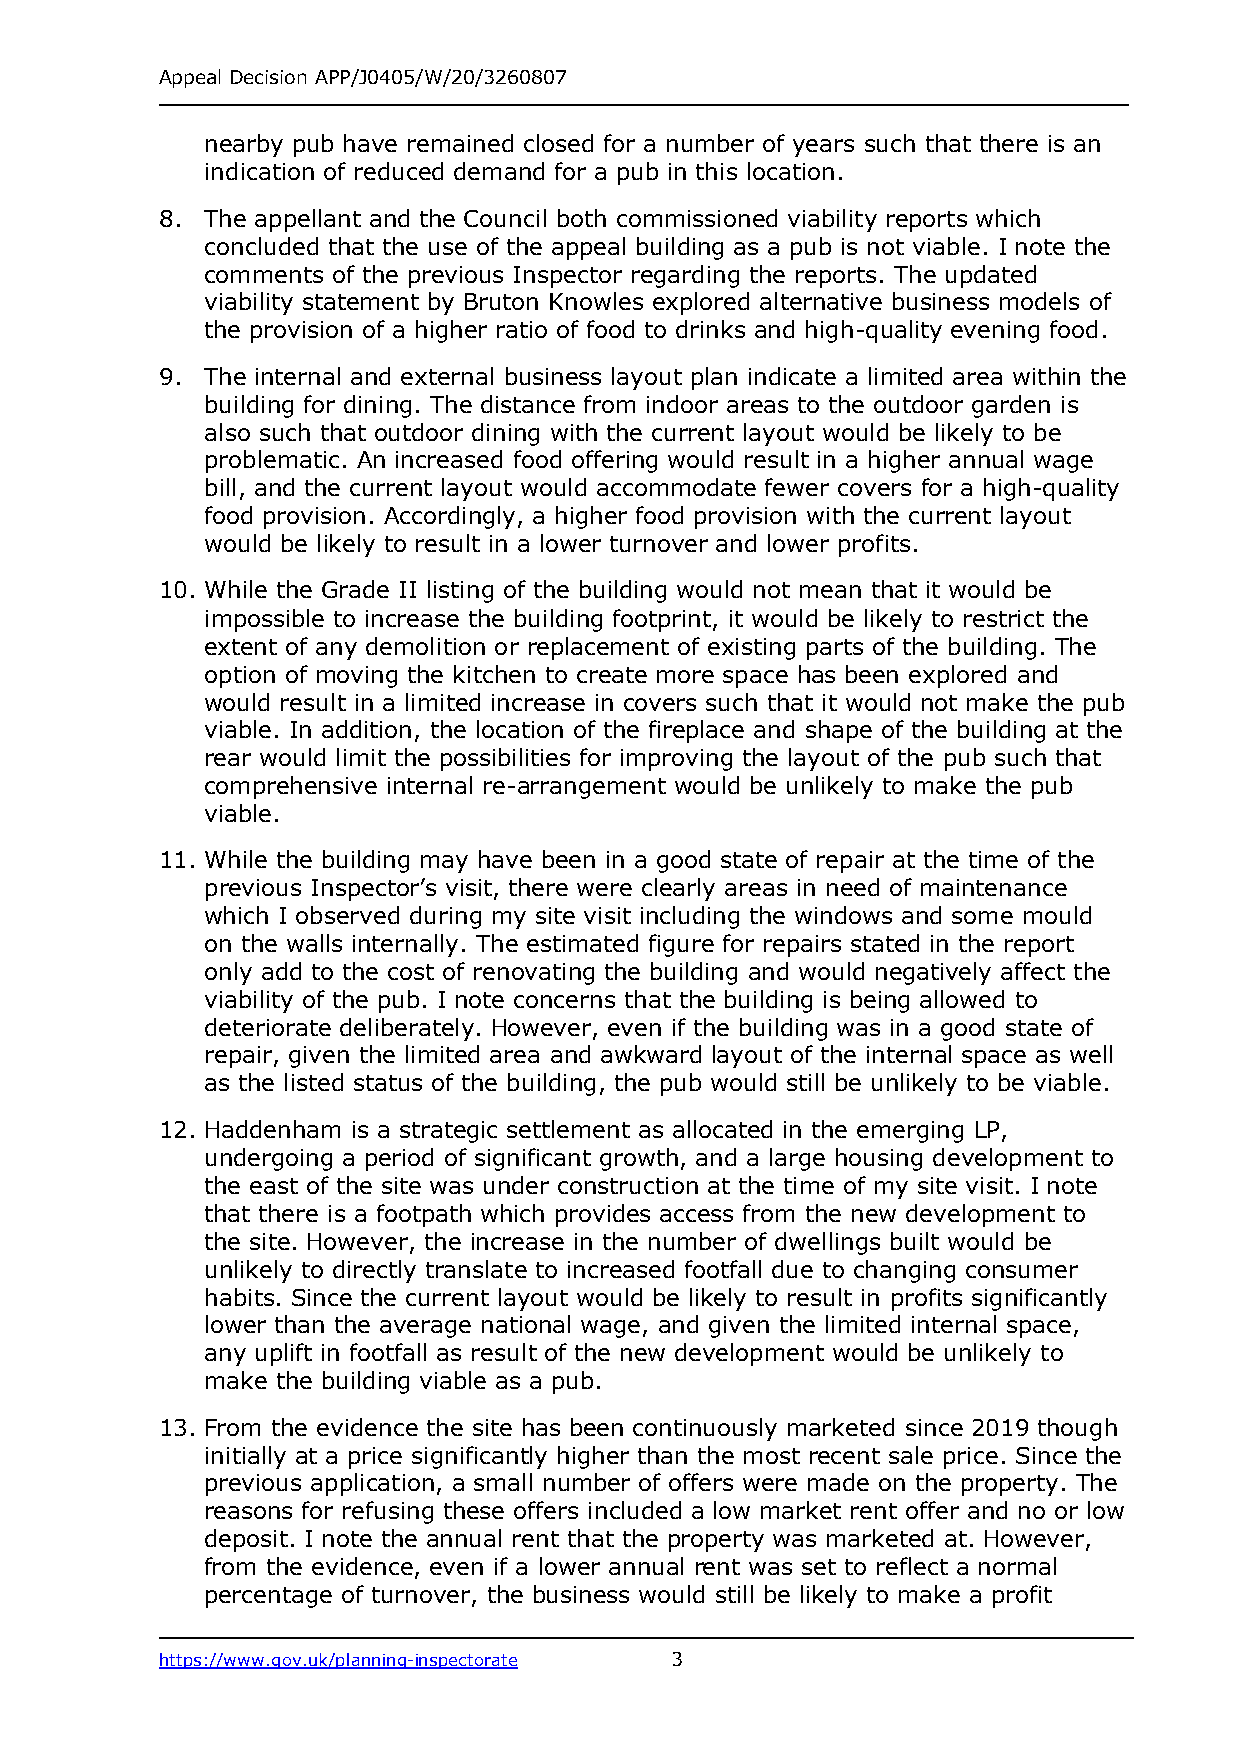
Appeal Decision APP/J0405/W/20/3260807
 nearby pub have remained closed for a number of years such that there is an
 indication of reduced demand for a pub in this location.
 8. The appellant and the Council both commissioned viability reports which
 concluded that the use of the appeal building as a pub is not viable. I note the
 comments of the previous Inspector regarding the reports. The updated
 viability statement by Bruton Knowles explored alternative business models of
 the provision of a higher ratio of food to drinks and high-quality evening food.
 9. The internal and external business layout plan indicate a limited area within the
 building for dining. The distance from indoor areas to the outdoor garden is
 also such that outdoor dining with the current layout would be likely to be
 problematic. An increased food offering would result in a higher annual wage
 bill, and the current layout would accommodate fewer covers for a high-quality
 food provision. Accordingly, a higher food provision with the current layout
 would be likely to result in a lower turnover and lower profits.
 10. While the Grade II listing of the building would not mean that it would be
 impossible to increase the building footprint, it would be likely to restrict the
 extent of any demolition or replacement of existing parts of the building. The
 option of moving the kitchen to create more space has been explored and
 would result in a limited increase in covers such that it would not make the pub
 viable. In addition, the location of the fireplace and shape of the building at the
 rear would limit the possibilities for improving the layout of the pub such that
 comprehensive internal re-arrangement would be unlikely to make the pub
 viable.
 11. While the building may have been in a good state of repair at the time of the
 previous Inspector’s visit, there were clearly areas in need of maintenance
 which I observed during my site visit including the windows and some mould
 on the walls internally. The estimated figure for repairs stated in the report
 only add to the cost of renovating the building and would negatively affect the
 viability of the pub. I note concerns that the building is being allowed to
 deteriorate deliberately. However, even if the building was in a good state of
 repair, given the limited area and awkward layout of the internal space as well
 as the listed status of the building, the pub would still be unlikely to be viable.
 12. Haddenham is a strategic settlement as allocated in the emerging LP,
 undergoing a period of significant growth, and a large housing development to
 the east of the site was under construction at the time of my site visit. I note
 that there is a footpath which provides access from the new development to
 the site. However, the increase in the number of dwellings built would be
 unlikely to directly translate to increased footfall due to changing consumer
 habits. Since the current layout would be likely to result in profits significantly
 lower than the average national wage, and given the limited internal space,
 any uplift in footfall as result of the new development would be unlikely to
 make the building viable as a pub.
 13. From the evidence the site has been continuously marketed since 2019 though
 initially at a price significantly higher than the most recent sale price. Since the
 previous application, a small number of offers were made on the property. The
 reasons for refusing these offers included a low market rent offer and no or low
 deposit. I note the annual rent that the property was marketed at. However,
 from the evidence, even if a lower annual rent was set to reflect a normal
 percentage of turnover, the business would still be likely to make a profit
 https://www.gov.uk/planning-inspectorate 3